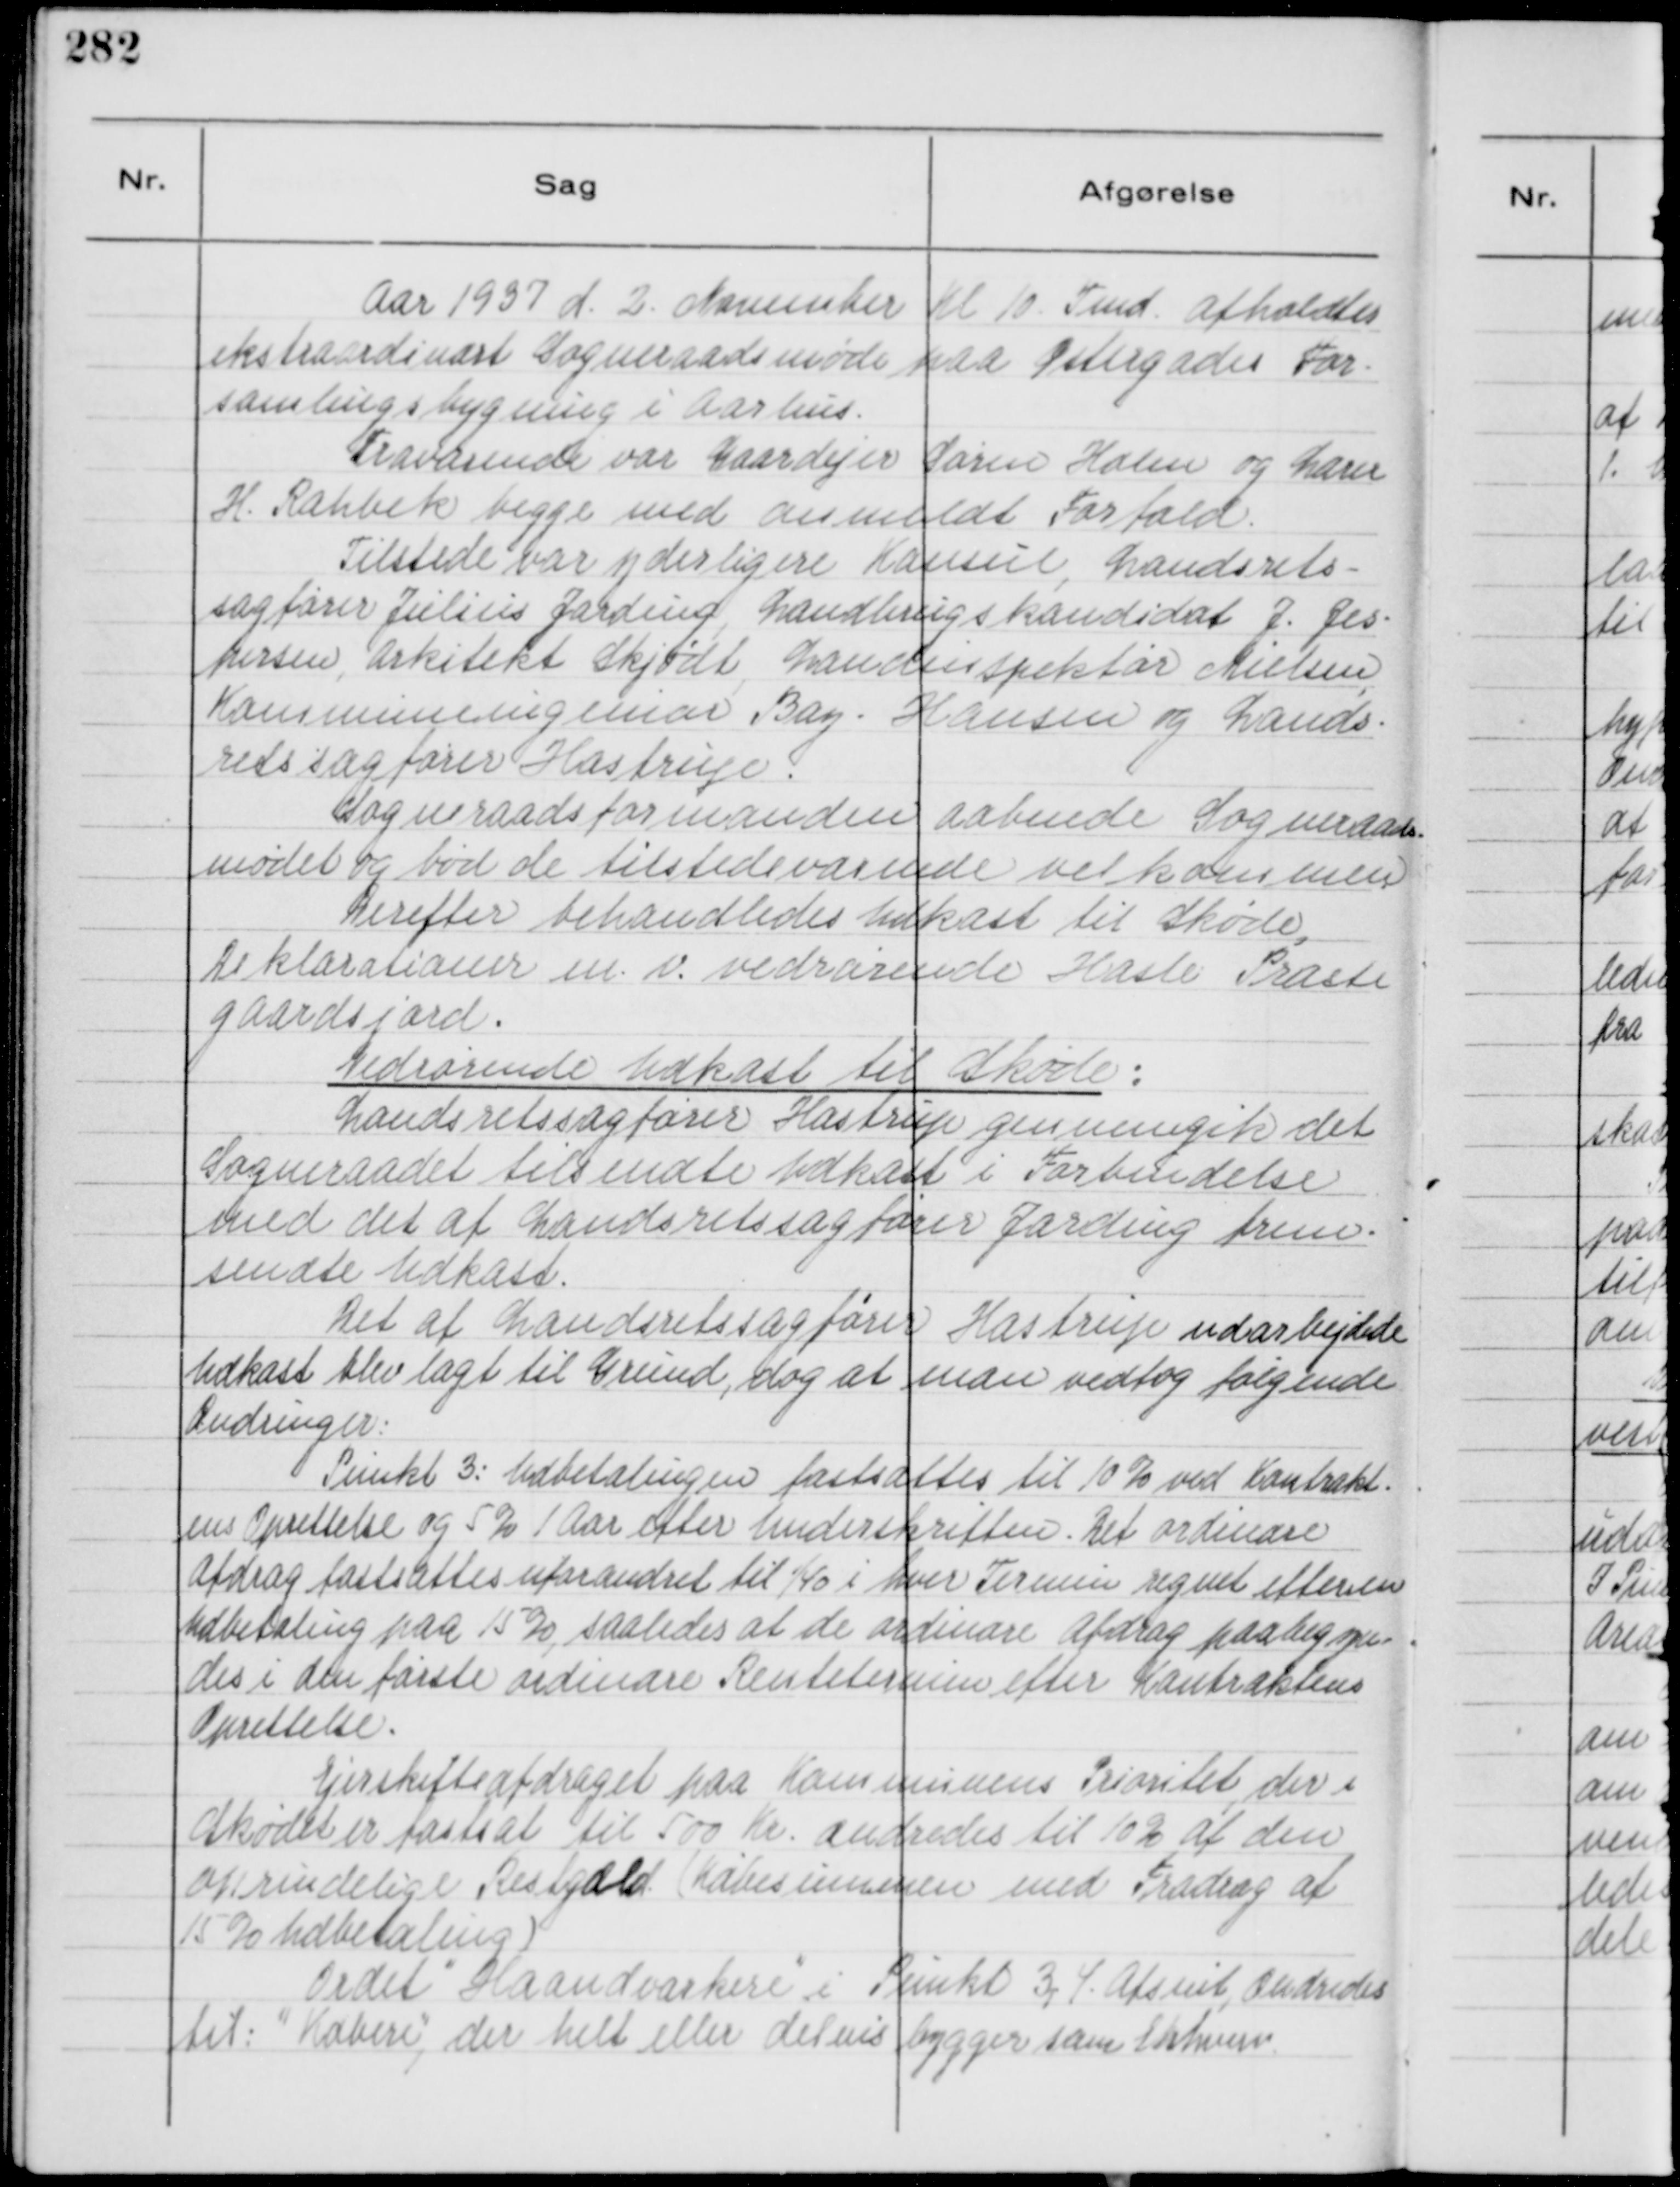
Transskription:
Aar 1937 d. 2. November Kl 10 Fmd. afholdtes
ekstraordinært Sogneraadsmøde paa Østergades For-
samlingsbygning i Aarhus.
Fraværende var Gaardejer Søren Holm og Lærer
H. Rahbek begge med anmeldt Forfald.
Tilstede var yderligere Konsul, Landsrets-
sagfører Julius Jarding, Landbrugskandidat J. Jes-
persen, Arkitekt Skjødt, Landinspektør Nielsen,
Kommuneingeniør Bay-Hansen og Lands-
retssagfører Hastrup.
Sogneraadsformanden aabnede Sogneraads
mødet og bød de tilstedeværende velkommen.
Derefter behandledes udkast til Skøde,
Deklarationer m. v. vedrørende Hasle Præste
gaardsjord.
Vedrørende udkast til Skøde:
Landsretssagfører Hastrup gennemgik det
Sogneraadet tilsendte Udkast i Forbindelse
med det af Landsretssagfører Jarding frem-
sendte Udkast.
Det af Landsretssagfører Hastrup udarbejdede
Udkast blev lagt til Grund, dog at man vedtog følgende
Ændringer:
Punkt 3: Udbetalingen fastsattes til 10% ved Kontrakt-
ens Oprettelse og 5% 1 Aar efter underskriften. Det ordinære
Afdrag fastsattes uforændret til 1/40 i hver Termin regnet efter en
Udbetaling paa 15%, saaledes at de ordinære Afdrag paaabegyn-
des i den første ordinære Rentetermin efter Kontraktens
Oprettelse.
Ejerskifteafdraget paa Kommunens Prioritet, der i
Skødet er fastsat til 500 Kr. ændredes til 10% af den
oprindelige Restgæld. ( Købesummen med Fradrag af
15% Udbetaling )
Ordet
"
Haandværkere
"
i Punkt 3, 4. Afsnit, ændredes
til:
"
Købere,
"
der helt eller delvis bygger som Erhverv.